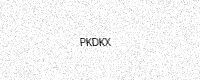
Text: PKDKX